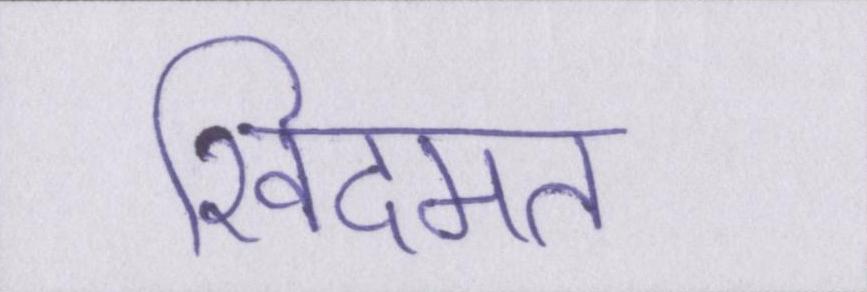
खिदमत